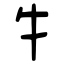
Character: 牜